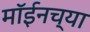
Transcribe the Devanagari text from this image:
मॉईनच्या